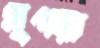
মৃগয়া